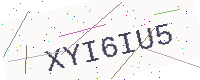
Text: XYI6IU5